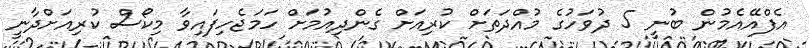
އެފްއޭއެމުން ބުނީ 5 ދުވަހުގެ މުއްދަތަށް ކުރިއަށް ގެންދިއުމަށް ހަމަޖެހިފައިވާ މިކޯސް ކުރިއަށްދާނީ